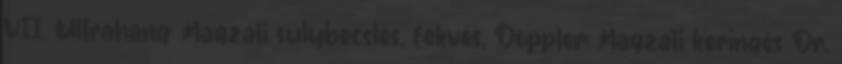
VII. Ultrahang: Magzati súlybecslés, fekvés, Doppler: Magzati keringés Dr.